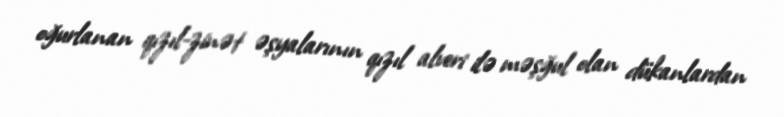
oğurlanan qızıl-zinət əşyalarının qızıl alveri ilə məşğul olan dükanlardan